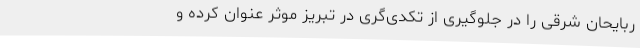
ربایحان شرقی را در جلوگیری از تکدی‌گری در تبریز موثر عنوان کرده و